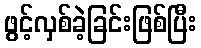
ဖွင့်လှစ်ခဲ့ခြင်းဖြစ်ပြီး